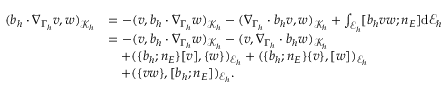
\begin{array} { r l } { ( b _ { h } \cdot \nabla _ { \Gamma _ { h } } v , w ) _ { \mathcal { K } _ { h } } } & { = - ( v , b _ { h } \cdot \nabla _ { \Gamma _ { h } } w ) _ { \mathcal { K } _ { h } } - ( \nabla _ { \Gamma _ { h } } \cdot b _ { h } v , w ) _ { \mathcal { K } _ { h } } + \int _ { \mathcal { E } _ { h } } [ b _ { h } v w ; n _ { E } ] \mathrm { d } \mathcal { E } _ { h } } \\ & { = - ( v , b _ { h } \cdot \nabla _ { \Gamma _ { h } } w ) _ { \mathcal { K } _ { h } } - ( v , \nabla _ { \Gamma _ { h } } \cdot b _ { h } w ) _ { \mathcal { K } _ { h } } } \\ & { \quad + ( \{ b _ { h } ; n _ { E } \} [ v ] , \{ w \} ) _ { \mathcal { E } _ { h } } + ( \{ b _ { h } ; n _ { E } \} \{ v \} , [ w ] ) _ { \mathcal { E } _ { h } } } \\ & { \quad + ( \{ v w \} , [ b _ { h } ; n _ { E } ] ) _ { \mathcal { E } _ { h } } . } \end{array}